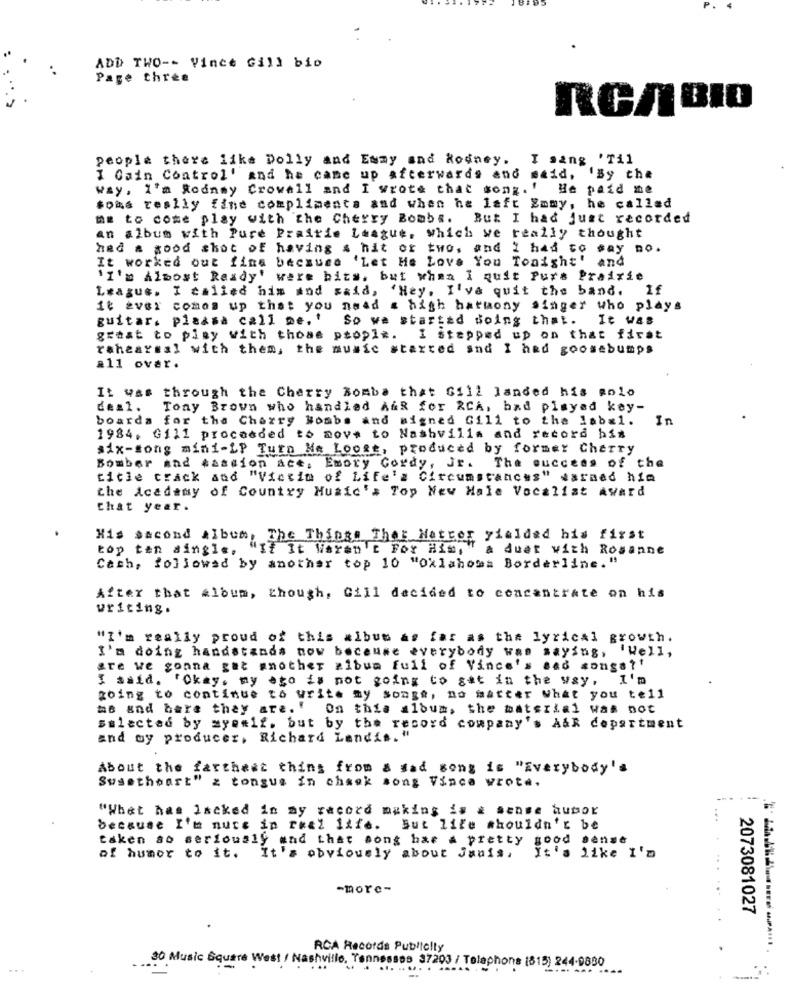
ADD TWO -- Vince Gill bio
Page three
RCABIO
people there like Dolly and Emmy and Rodney. I sang 'Til
I Gain Control' and he came up afterwards and meid, 'By che
way, I'm Rodney Crowell and I wrote that song .! He paid me
soas really fine compliments and when he left Emmy, he called
me to come play with the Cherry Bombs. But I had just recorded
an album with Pure Prairie League, which we really thought
had a good shot of having & hit or two, and i had to say no.
It worked out fins because 'Let Me Love You Tonight' and
"I'm Almost Ready' were bits, but when I quit Purs Prairie
League. I called him and said, 'Hey, I've quit the band. If
It ever comes up that you need a high harmony singer who plays
guitar. plaasa call me, t
So we started doing that.
It Was
graat to play with those people. I stepped up on that firat
rehearsal with them, the music started and I had goosebumps
all ovar .
It was through the Cherry Bomba that Gill landed his solo
des1. Tony Brown who handled AGR for RCA, bad played key-
boarda for the Cherry Bombs and signed Gill to the labal.
In
1984, Gill proceeded to move to Nashville and record his
six-song mini-LP Turn Ma Loose, produced by former Cherry
Bomber and Aassion ace, Emory Cordy, Jr. The success of the
ticle crack and "Victim of Life's Circumstances" darmed him
the Academy of Country Music's Top New Hale Vocalist Award
that year.
His second album, The Things Ther Matror yielded his first
top ten single.
"If It Wiaren't For Him,
a duet with Rosanne
Cach, followed by another top 10 "Oklahoma Borderline. "
After that album, though, Cill decided to concentrate on his
writing.
"I'm really proud of this album as far as the lyrical growth.
I'm doing handstands now because everybody was saying, 'Well,
are we gonna get another album full of Vince's sad songs ?!
I said. "Okay, my ego is not going to sat in the way, I'm
going to continue to write my songs, no matter What you tell
me gad here they are.' On this album, the material was not
selected by myemif. but by the record company's A&R department
and wy producer, Richard Landis. "
About the farthest thing from & sad song is "Everybody's
Susetheart" z tongue in chask song Vinca wrote.
"What has lacked in my record making is & sense bubor
because I't nuce in real life. But life shouldn't be
taken so seriously and that song har A pretty good sense
of humor to it. It's obviously about Janis ,
It's like I'm
-more-
2073081027
RCA Records Publicity
30 Music Square We
shville, Tennessee 37203 / Telaphons (815) 244-9880